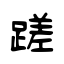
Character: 蹉